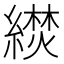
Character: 𬗼